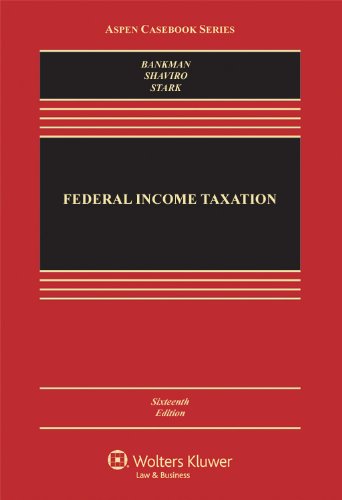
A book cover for Federal Income Taxation, Sixteenth Edition (Aspen Casebook); Joseph Bankman; Law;